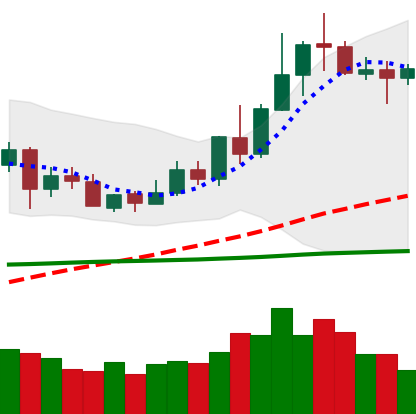
Ticker: XLM-USD
Chart end date: 2020-06-08
Forward return: -7.142%
Label: down_7plus